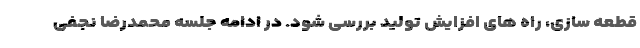
قطعه سازی، راه های افزایش تولید بررسی شود. در ادامه جلسه محمدرضا نجفی